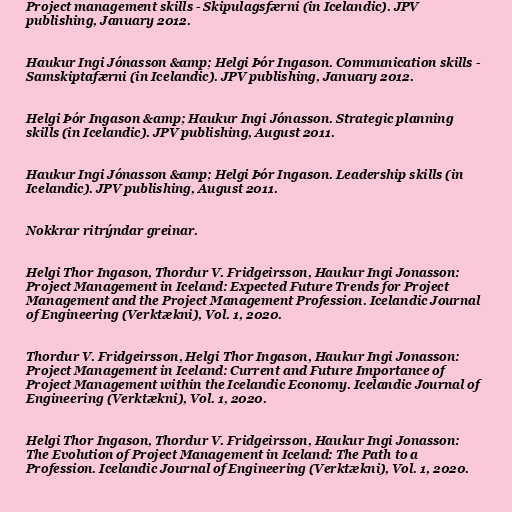
Project management skills - Skipulagsfærni (in Icelandic). JPV
publishing, January 2012.

Haukur Ingi Jónasson &amp; Helgi Þór Ingason. Communication skills -
Samskiptafærni (in Icelandic). JPV publishing, January 2012.

Helgi Þór Ingason &amp; Haukur Ingi Jónasson. Strategic planning
skills (in Icelandic). JPV publishing, August 2011.

Haukur Ingi Jónasson &amp; Helgi Þór Ingason. Leadership skills (in
Icelandic). JPV publishing, August 2011.

Nokkrar ritrýndar greinar.

Helgi Thor Ingason, Thordur V. Fridgeirsson, Haukur Ingi Jonasson:
Project Management in Iceland: Expected Future Trends for Project
Management and the Project Management Profession. Icelandic Journal
of Engineering (Verktækni), Vol. 1, 2020.

Thordur V. Fridgeirsson, Helgi Thor Ingason, Haukur Ingi Jonasson:
Project Management in Iceland: Current and Future Importance of
Project Management within the Icelandic Economy. Icelandic Journal of
Engineering (Verktækni), Vol. 1, 2020.

Helgi Thor Ingason, Thordur V. Fridgeirsson, Haukur Ingi Jonasson:
The Evolution of Project Management in Iceland: The Path to a
Profession. Icelandic Journal of Engineering (Verktækni), Vol. 1, 2020.